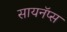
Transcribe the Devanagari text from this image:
सायनॅप्स